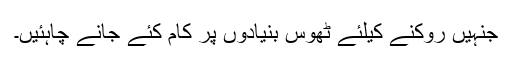
جنہیں روکنے کیلئے ٹھوس بنیادوں پر کام کئے جانے چاہئیں۔